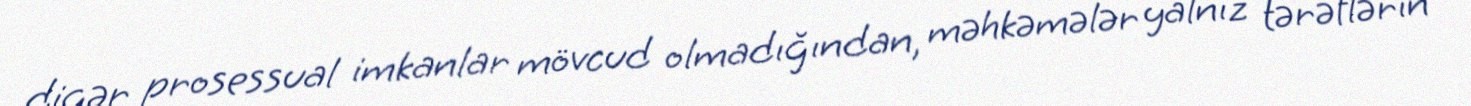
digər prosessual imkanlar mövcud olmadığından, məhkəmələr yalnız tərəflərin